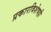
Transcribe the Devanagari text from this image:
प्रकारविशेषही